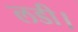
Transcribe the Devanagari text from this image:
लडी।